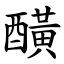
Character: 䤑